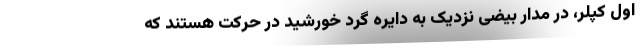
اول کپلر، در مدار بیضی نزدیک به دایره گرد خورشید در حرکت هستند که